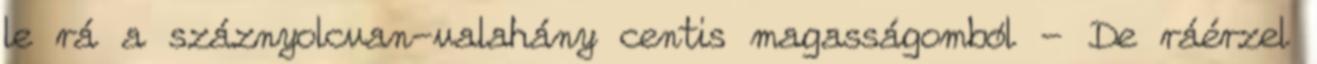
le rá a száznyolcvan-valahány centis magasságomból - De ráérzel